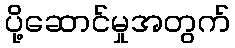
ပို့ဆောင်မှုအတွက်